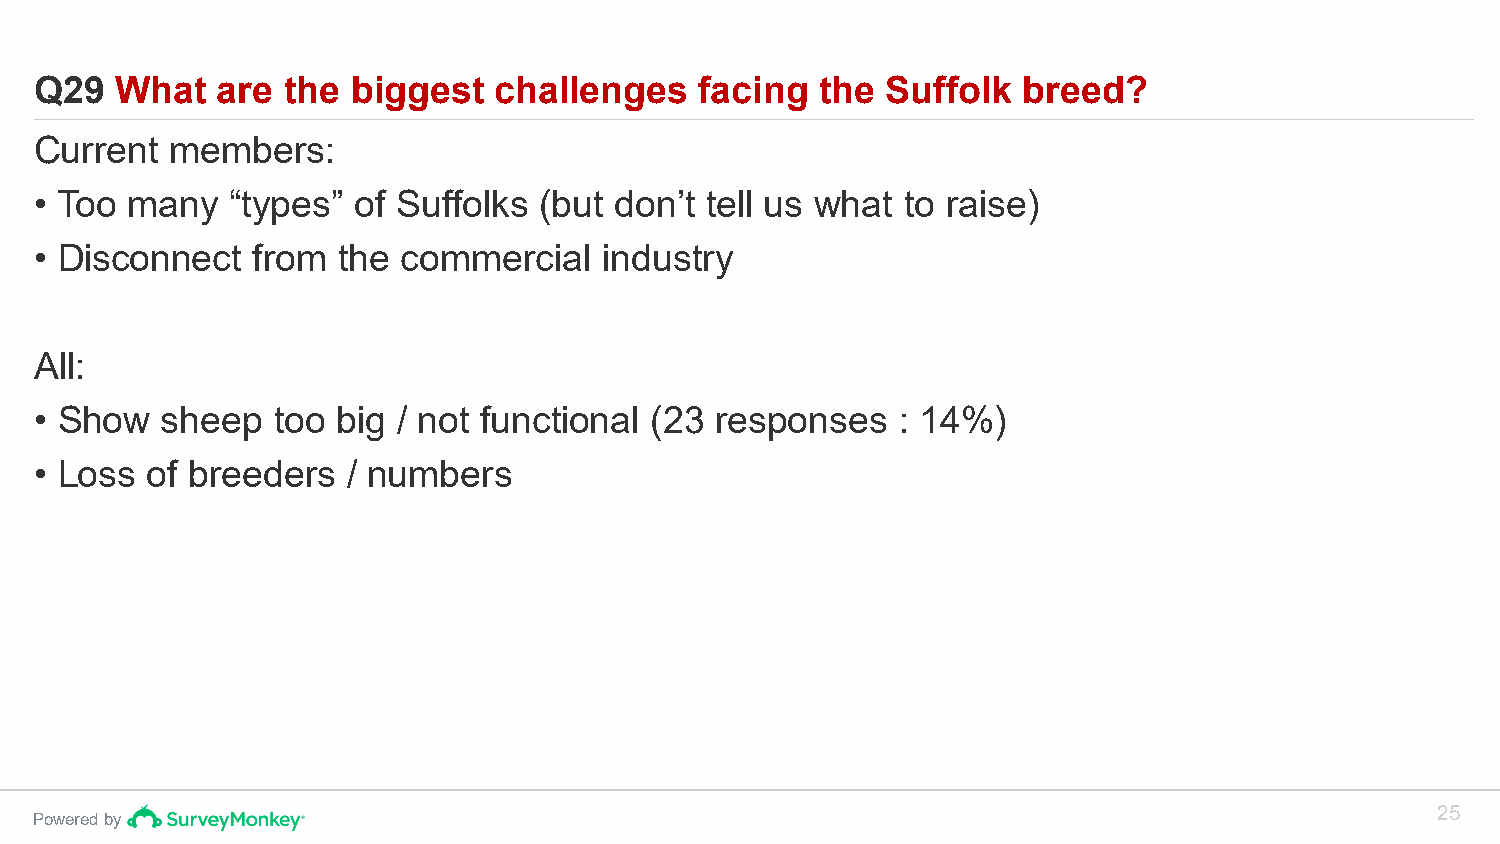
Q29   What  are  the biggest   challenges   facing  the  Suffolk  breed?
 Current  members:
 • Too many   “types” of Suffolks  (but don’t tell us what to raise)
 • Disconnect   from the  commercial   industry
 All:
 • Show   sheep  too big / not functional (23 responses    : 14%)
 • Loss  of breeders  / numbers
 25
 Powered by